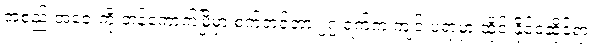
အစည်းအဝေးကို ဘန်ကောက်မြို့မှာ စက်တင်ဘာ ၂၇ ရက်က ကျင်းပရာမှာ ထိုင်းနိုင်ငံဆိုင်ရာ